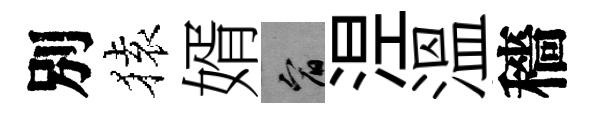
別𫞤婿宥𣵀溫穡